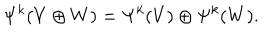
\Psi ^ { k } ( V \oplus W ) = \Psi ^ { k } ( V ) \oplus \Psi ^ { k } ( W ) .